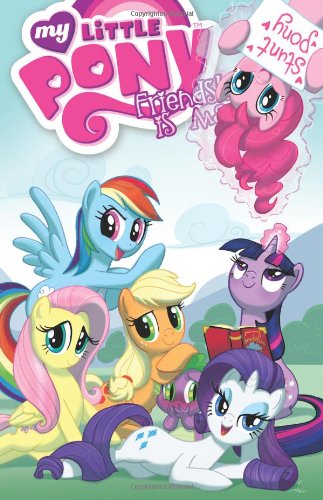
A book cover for My Little Pony: Friendship is Magic Volume 2; Heather Nuhfer; Children's Books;